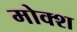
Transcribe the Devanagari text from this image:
मोक्श